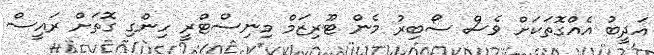
އަދީބު އެއްގޮތަކަށް ވެސް ސޯބިރު މެން ޓޫރިޒަމް މިނިސްޓްރީ ހިންގި ގޮތަށް ރައީސް